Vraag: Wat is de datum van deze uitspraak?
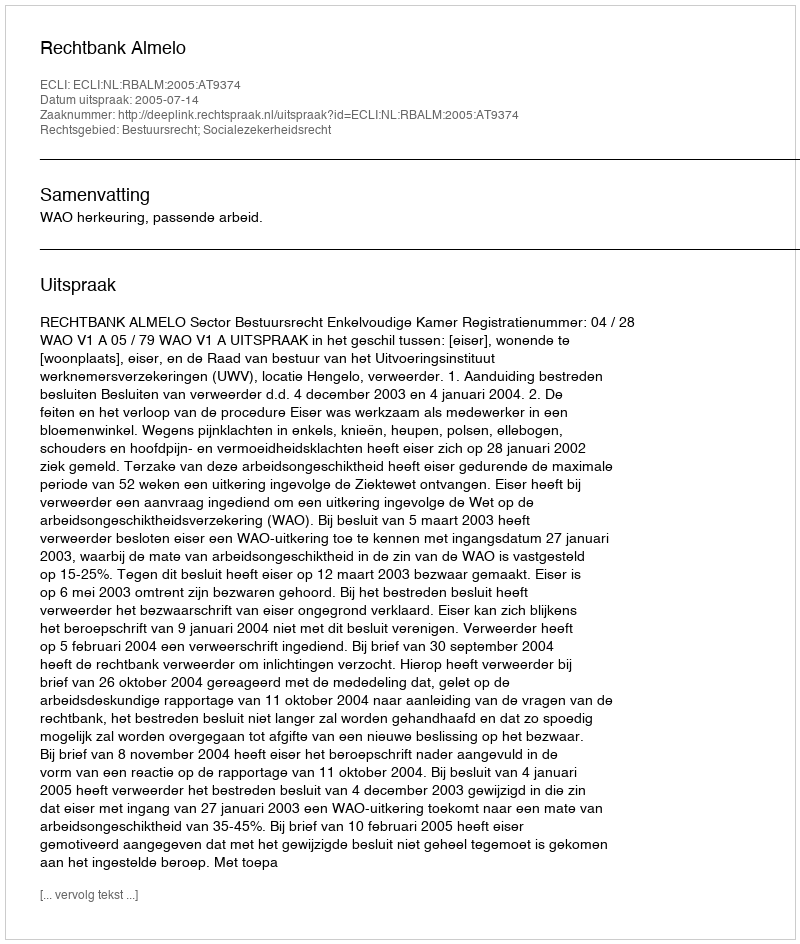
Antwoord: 2005-07-14